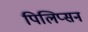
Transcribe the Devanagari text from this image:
पिलिप्सन